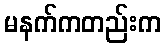
မနက်ကတည်းက